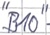
Text: "B10"